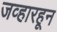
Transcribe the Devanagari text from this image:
जव्हारहून